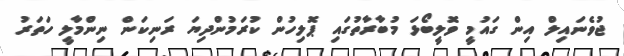
ޖުވެނައިލް އިން ގައުމީ ވޮލީބޯޅަ މުބާރާތުގައި ޕޮލިހުން ކުރަމުންދިޔަ ރަނިކަން ނިންމާލީ ހަތަރު